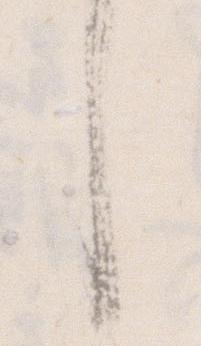
し